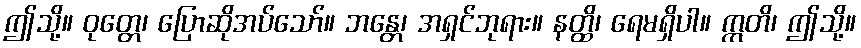
ဤသို့။ ဝုတ္တေ၊ ပြောဆိုအပ်သော်။ ဘန္တေ၊ အရှင်ဘုရား။ နတ္ထိ၊ ရေမရှိပါ။ ဣတိ၊ ဤသို့။